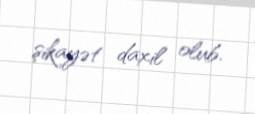
şikayət daxil olub.